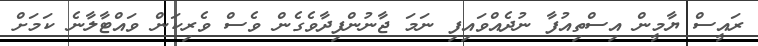
ރައީސް ޔާމީން އިސްތިއުފާ ނުދެއްވައިފި ނަމަ ޖާނުންފިދާވެގެން ވެސް ވެރިކަން ވައްޓާލާނެ ކަމަށް